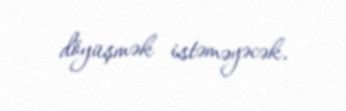
döyüşmək istəməyəcək.